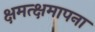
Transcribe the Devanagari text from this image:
क्षमत्क्षमापना